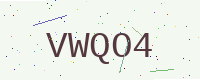
Text: VWQO4